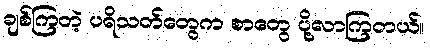
ချစ်ကြတဲ့ ပရိသတ်တွေက စာတွေ ပို့လာကြတယ်။